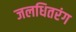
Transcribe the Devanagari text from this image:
जलधितरंग